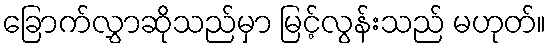
ခြောက်လွှာဆိုသည်မှာ မြင့်လွန်းသည် မဟုတ်။